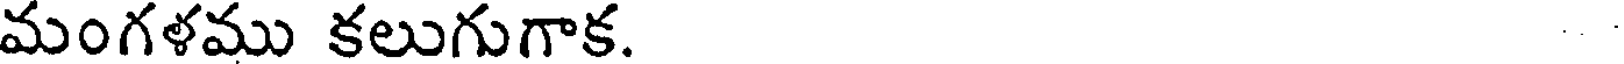
మంగళము కలుగుగాక.